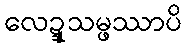
လေဍ္ဍုသမ္ဖဿာပိ